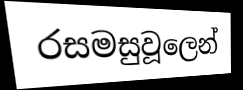
රසමසුවූලෙන්